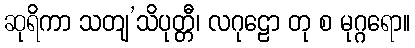
ဆုရိကာ သတျ’သိပုတ္တီ၊ လဂုဠော တု စ မုဂ္ဂရော။